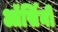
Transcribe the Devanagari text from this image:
ऑर्सिनी